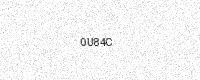
Text: 0U84C